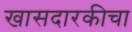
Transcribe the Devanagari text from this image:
खासदारकीचा